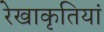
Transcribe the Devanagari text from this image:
रेखाकृतियां